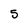
Character: 5